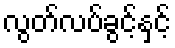
လွတ်လပ်ခွင့်နှင့်